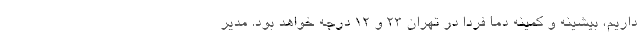
داریم، بیشینه و کمینه دما فردا در تهران ۲۳ و ۱۲ درجه خواهد بود. مدیر